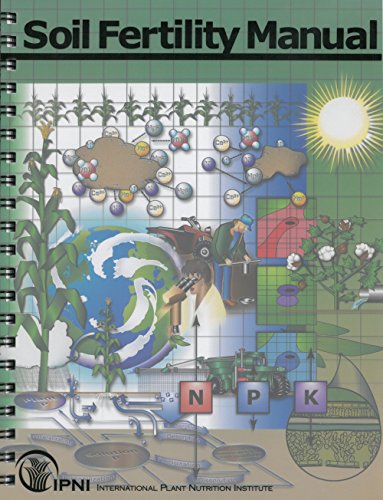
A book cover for Soil Fertility Manual; International Plant Nutrition Institute; Parenting & Relationships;